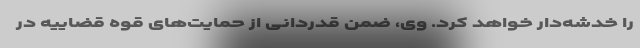
را خدشه‌دار خواهد کرد. وی، ضمن قدردانی از حمایت‌های قوه قضاییه در